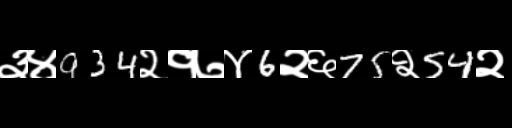
Text: ३४934२१७४6२६75२54२